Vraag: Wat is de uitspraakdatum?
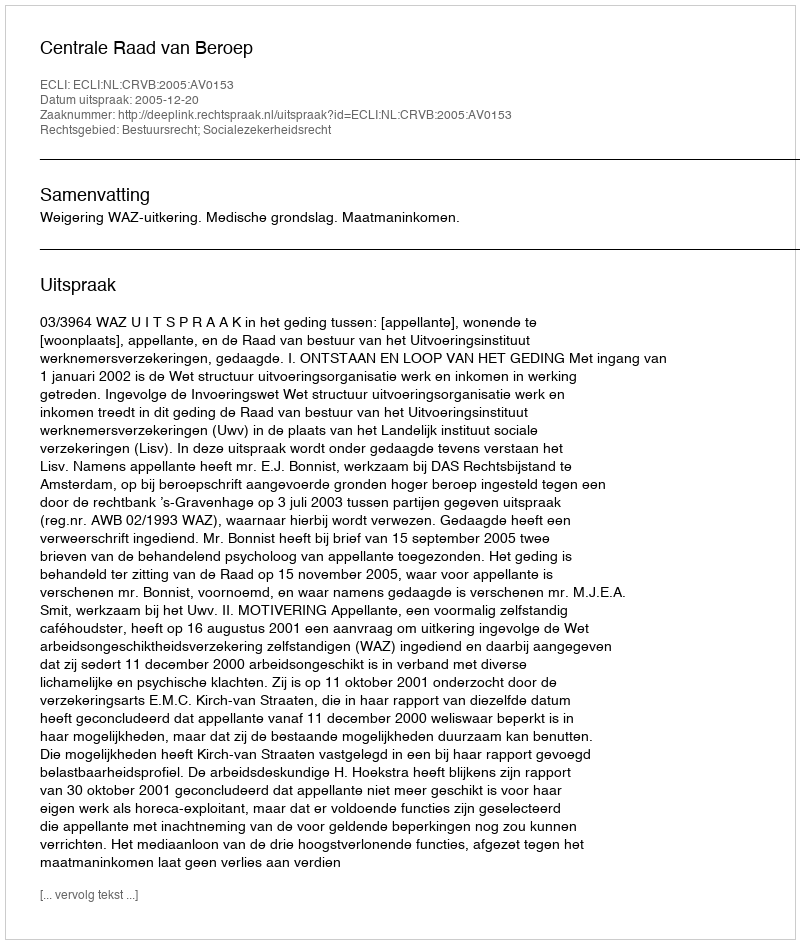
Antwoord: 2005-12-20